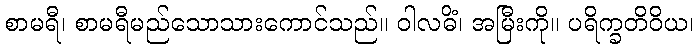
စာမရီ၊ စာမရီမည်သောသားကောင်သည်။ ဝါလဓိံ၊ အမြီးကို။ ပရိက္ခတိဝိယ၊